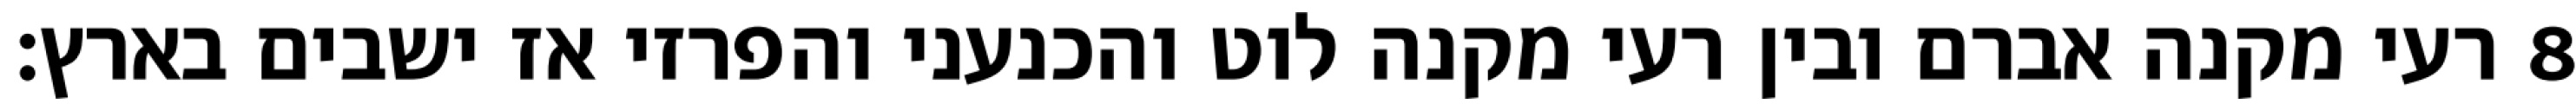
רעי מקנה אברם ובין רעי מקנה לוט והכנעני והפרזי אז ישבים בארץ׃ ‎8‏